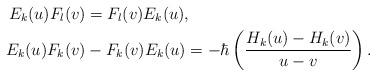
LaTeX: \begin{align*}E_k(u)F_l(v)&=F_l(v)E_k(u), \,\ \\E_k(u)F_k(v)&-F_k(v)E_k(u)=-\hbar \left(\frac{H_k(u)-H_k(v)}{u-v} \right).\end{align*}